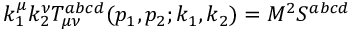
k _ { 1 } ^ { \mu } k _ { 2 } ^ { \nu } T _ { \mu \nu } ^ { a b c d } ( p _ { 1 } , p _ { 2 } ; k _ { 1 } , k _ { 2 } ) = M ^ { 2 } S ^ { a b c d }